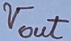
Text: Vout